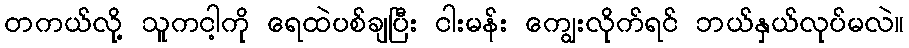
တကယ်လို့ သူကငါ့ကို ရေထဲပစ်ချပြီး ငါးမန်း ကျွေးလိုက်ရင် ဘယ်နှယ်လုပ်မလဲ။